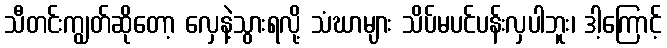
သီတင်းကျွတ်ဆိုတော့ လှေနဲ့သွားရလို့ သံဃာများ သိပ်မပင်ပန်းလှပါဘူး၊ ဒါ့ကြောင့်